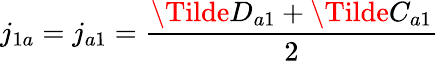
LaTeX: j_{1a}=j_{a1}=\frac{\Tilde{D}_{a1}+\Tilde{C}_{a1}}{2}